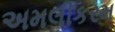
અમલીકરમ